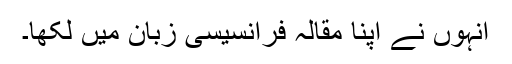
انہوں نے اپنا مقالہ فرانسیسی زبان میں لکھا۔